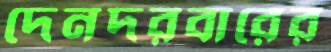
দেনদরবারের